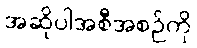
အဆိုပါအစီအစဉ်ကို